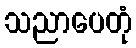
သညာပေတုံ